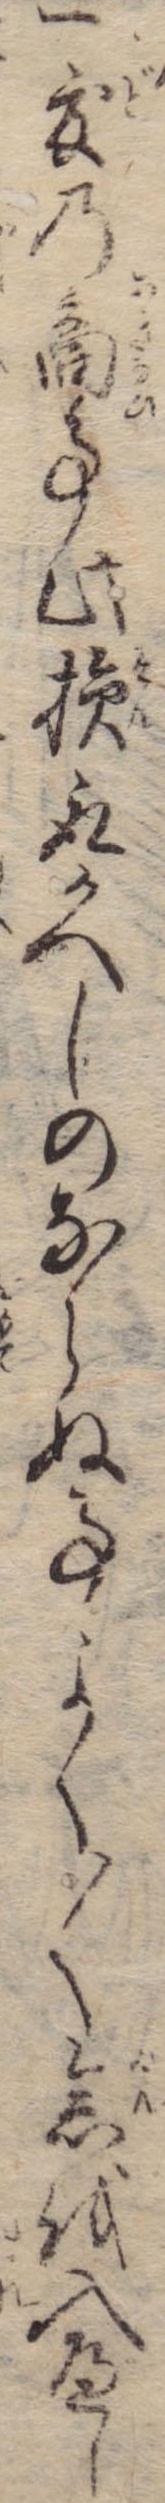
一度の商事此損取かへしのならぬ事よく〱念を入べし